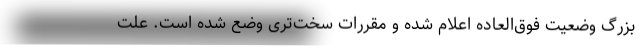
بزرگ وضعیت فوق‌العاده اعلام شده و مقررات سخت‌تری وضع شده است. علت